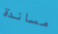
مساندة